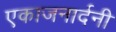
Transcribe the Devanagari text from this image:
एकाजनार्दनी